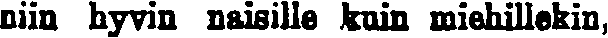
niin hyvin naisille kuin miehillekin,